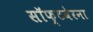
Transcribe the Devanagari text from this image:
सॉफ्टवेरना